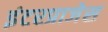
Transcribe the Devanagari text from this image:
इंटरप्राजेस